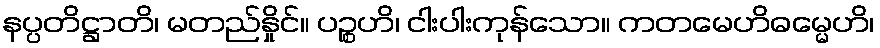
နပ္ပတိဋ္ဌာတိ၊ မတည်နှိုင်။ ပဉ္စဟိ၊ ငါးပါးကုန်သော။ ကတမေဟိဓမ္မေဟိ၊